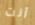
أنت